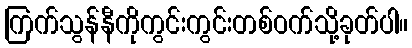
ကြက်သွန်နီကိုကွင်းကွင်းတစ်ဝက်သို့ခုတ်ပါ။